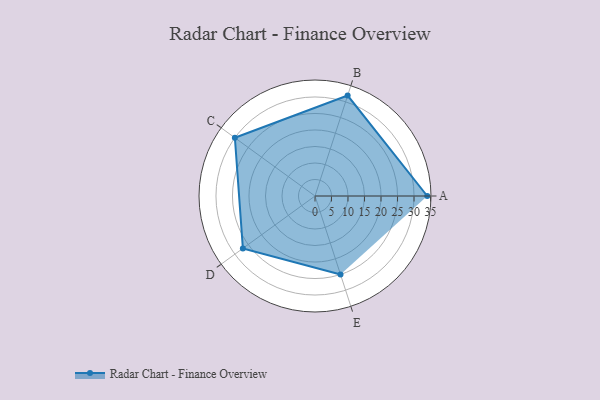
{"axis": {"x": "Skill", "y": "Score"}, "legend": ["Profile"], "data": [{"x": "A", "y": 34.0, "type": "Profile"}, {"x": "B", "y": 32.0, "type": "Profile"}, {"x": "C", "y": 30.0, "type": "Profile"}, {"x": "D", "y": 27.0, "type": "Profile"}, {"x": "E", "y": 25.0, "type": "Profile"}]}